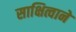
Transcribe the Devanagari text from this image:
साक्षित्वाने